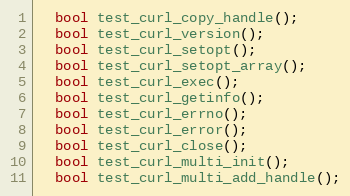
Language: C
  bool test_curl_copy_handle();
  bool test_curl_version();
  bool test_curl_setopt();
  bool test_curl_setopt_array();
  bool test_curl_exec();
  bool test_curl_getinfo();
  bool test_curl_errno();
  bool test_curl_error();
  bool test_curl_close();
  bool test_curl_multi_init();
  bool test_curl_multi_add_handle();